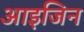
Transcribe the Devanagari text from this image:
आइजिन